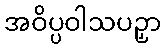
အဝိပ္ပဝါသပဉှာ